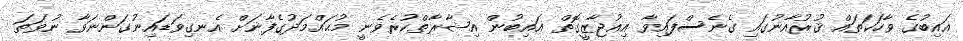
ޣައިބުގެ ވާހަކަތައް ޤުރުއާނުގައި ގެނެސްފައިވާ އިޢުޖާޒީގޮތް ޣައިބުން އިޝާރާތްކުރެވެނީ މުޙައްމަދުގެފާނަށް އެނގިވަޑައިނުގަންނަވާ ނުވަތަ